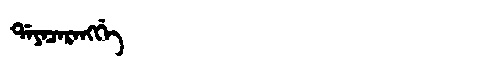
Manchu: ᡩᠠᠶᠠᠴᠠᡵᠠᠩᡤᡝ
Romanization: DAYACARANGGE